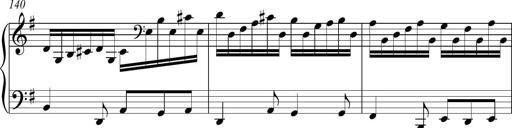
Title: Piano Sonatina in A major
Composer: Z Q Sysmoebius
Key: A major